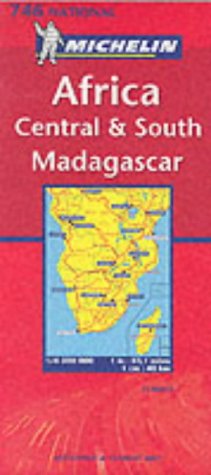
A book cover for Africa : Central South and Madagascar (Michelin National Maps); *             ; Travel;